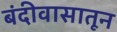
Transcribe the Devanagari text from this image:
बंदीवासातून